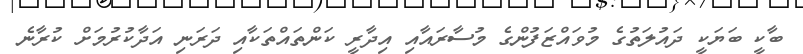
ބާކީ ބަޔަކީ ދައުލަތުގެ މުވައްޒަފުންގެ މުސާރައާއި އިދާރީ ކަންތައްތަކާއި ދަރަނި އަދާކުރުމަށް ކުރާނެ